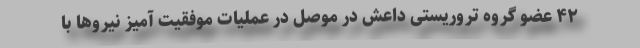
۴۲ عضو گروه تروریستی داعش در موصل در عملیات موفقیت آمیز نیروها با